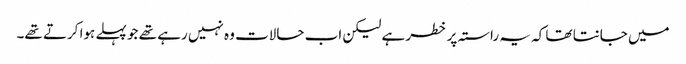
میں جانتا تھا کہ یہ راستہ پر خطر ہے لیکن اب حالات وہ نہیں رہے تھے جو پہلے ہوا کرتے تھے۔